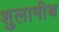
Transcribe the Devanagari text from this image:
शुलामीथ